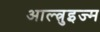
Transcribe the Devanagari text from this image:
आल्त्रुइज्म